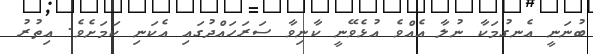
ބުނަނީ އެނގުމަކާ ނުލާ އެއްވެ އުޅެވޭނީ ކާނިވާ ސަރަހައްދުގައި އެކަނި ކަމަށެވެ. އިތުރު